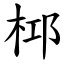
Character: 桏